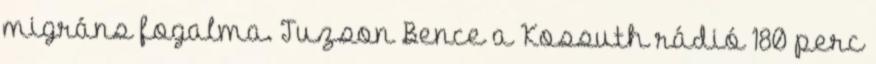
migráns fogalma. Tuzson Bence a Kossuth rádió 180 perc